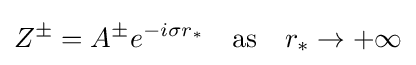
Z^{\pm }=A^{\pm }e^{-i\sigma r_{*}}\quad {\text{as}}\quad r_{*}\rightarrow +\infty